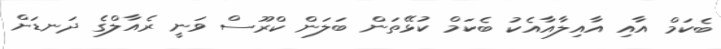
ބެކަމް އާއި އާއިލާއާއެކު ބެކަމް ކުޅޭތަން ބަލަން ކްރޫސް ވަނީ ރެއާލްގެ ދަނޑަށް